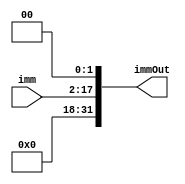
`timescale 1ns / 1ps
//////////////////////////////////////////////////////////////////////////////////
// Company: 
// Engineer: 
// 
// Design Name: 
// Module Name: ID_immLS
// Project Name: 
// Target Devices: 
// Tool Versions: 
// Description: 
// 
// Dependencies: 
// 
// Revision:
// Revision 0.01 - File Created
// Additional Comments:
// 
//////////////////////////////////////////////////////////////////////////////////


module ID_immLS(
    input [15:0] imm,
    output reg [31:0] immOut
    );
    always @ (*)
        begin
            immOut = {16'b0, imm} << 2;
        end
endmodule